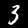
Digit: 3